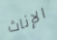
الإناث